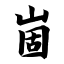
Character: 崮